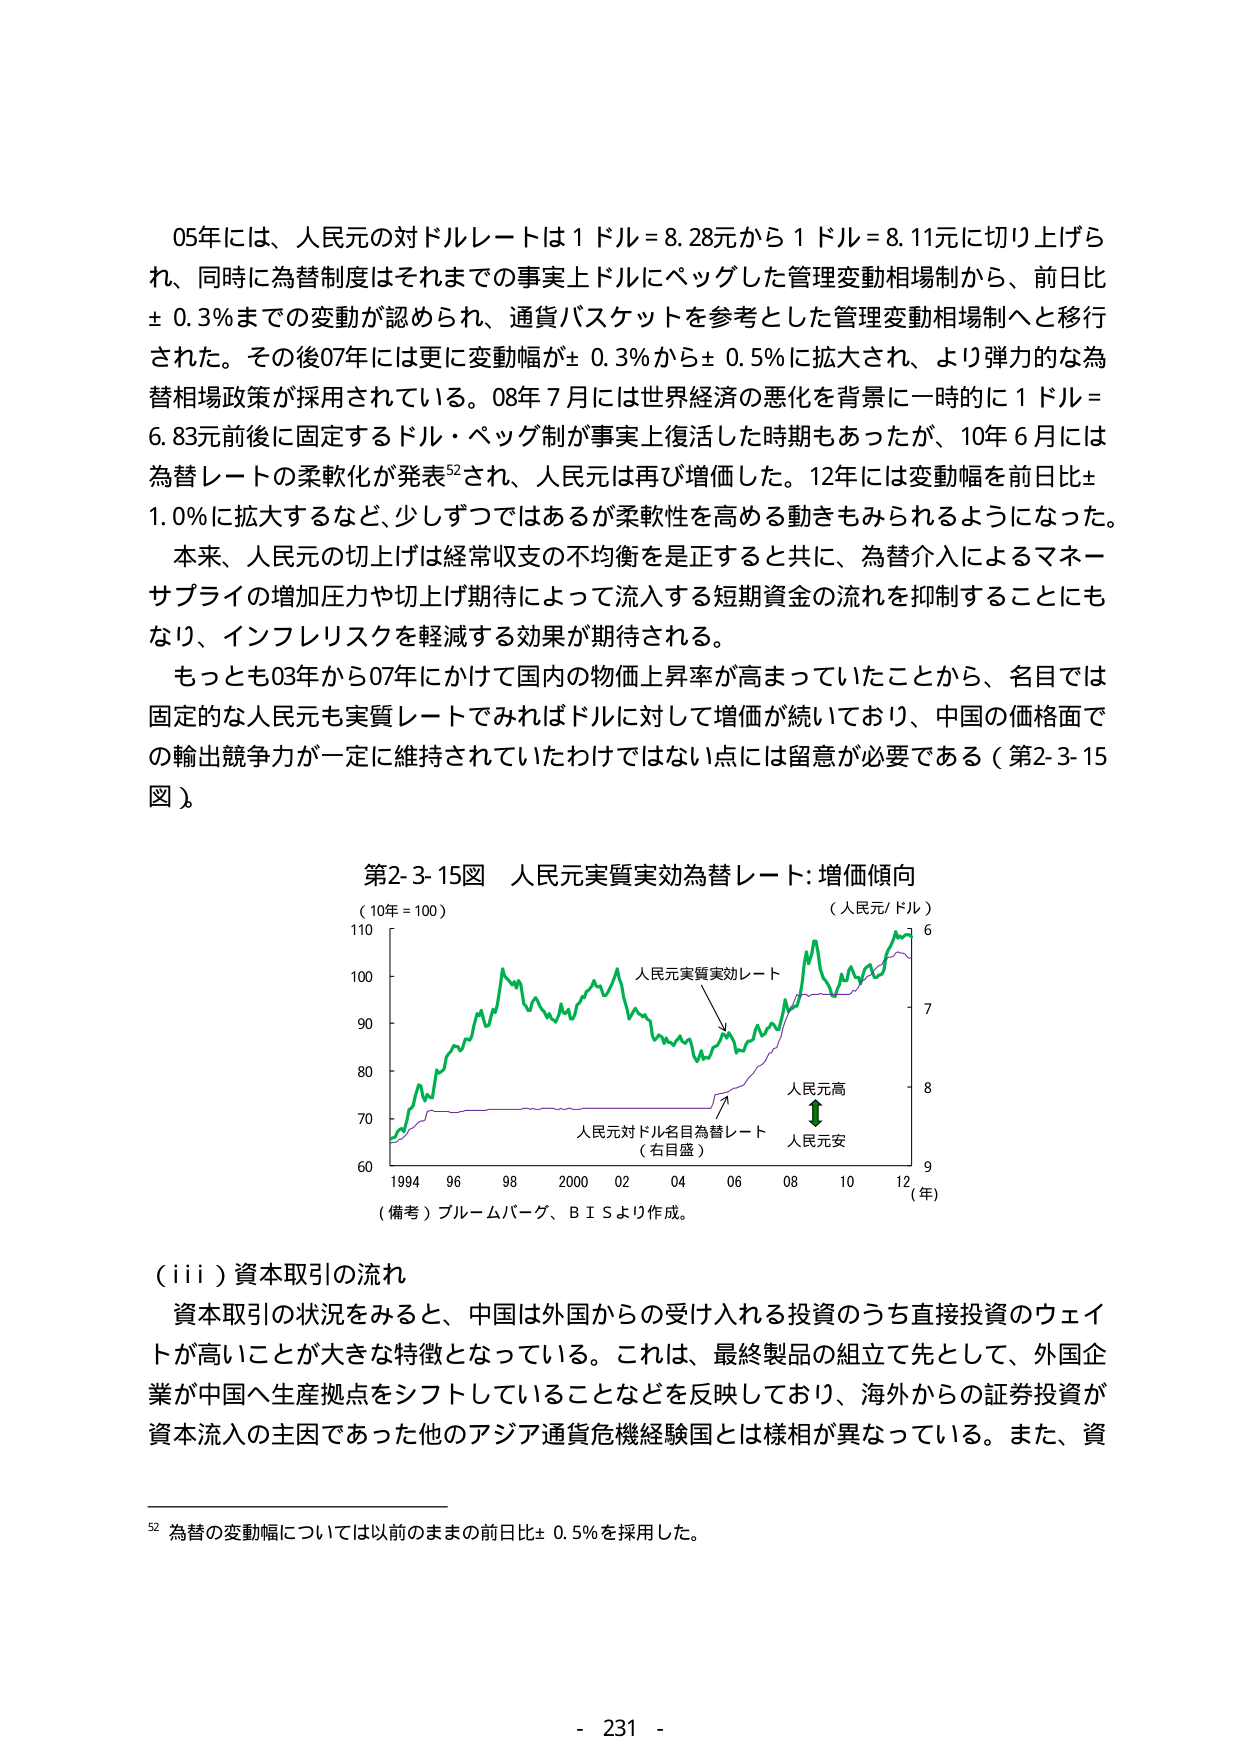
05年には、人民元の対ドルレートは1ドル=8.28元から1ドル=8.11元に切り上げられ、同時に為替制度はそれまでの事実上ドルにペッグした管理変動相場制から、前日比±0.3%までの変動が認められ、通貨バスケットを参考とした管理変動相場制へと移行された。その後07年には更に変動幅が±0.3%から±0.5%に拡大され、より弾力的な為替相場政策が採用されている。08年7月には世界経済の悪化を背景に一時的に1ドル=6.83元前後に固定するドル・ペッグ制が事実上復活した時期もあったが、10年6月には為替レートの柔軟化が発表⁵²され、人民元は再び増価した。12年には変動幅を前日比±1.0%に拡大するなど、少しずつではあるが柔軟性を高める動きもみられるようになった。

本来、人民元の切上げは経常収支の不均衡を是正すると共に、為替介入によるマネーサプライの増加圧力や切上げ期待によって流入する短期資金の流れを抑制することにもなり、インフレリスクを軽減する効果が期待される。

もっとも03年から07年にかけて国内の物価上昇率が高まっていたことから、名目では固定的な人民元も実質レートでみればドルに対して増価が続いており、中国の価格面での輸出競争力が一定に維持されていたわけではない点には留意が必要である（第2-3-15図）。

第2-3-15図 人民元実質実効為替レート：増価傾向
（10年=100）
（人民元/ドル）
110
100
90
80
70
60
1994 96 98 2000 02 04 06 08 10 12 （年）
（備考）ブルームバーグ、ＢＩＳより作成。
人民元実質実効レート
人民元対ドル名目為替レート（右目盛）
人民元高
人民元安
6
7
8
9

（iii）資本取引の流れ
資本取引の状況をみると、中国は外国からの受け入れる投資のうち直接投資のウェイトが高いことが大きな特徴となっている。これは、最終製品の組立を先として、外国企業が中国へ生産拠点をシフトしていることなどを反映しており、海外からの証券投資が資本流入の主因であった他のアジア通貨危機経験国とは様相が異なっている。また、資

⁵² 為替の変動幅については以前のままの前日比±0.5%を採用した。

- 231 -